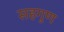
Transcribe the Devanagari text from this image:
सहगुण